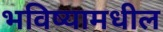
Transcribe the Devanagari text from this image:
भविष्यामधील